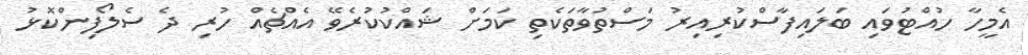
އެމީހާ ހުއްޓުވައި ބަލައިފާސްކުރިއިރު މަސްތުވާތަކެތި ކަމަށް ޝައްކުކުރެވޭ އެއްޗެއް ހުރި ދެ ސެލޯފިންކޮޅު